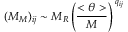
( { \cal M } _ { M } ) _ { i j } \sim M _ { R } \left( \frac { < \theta > } { M } \right) ^ { \: q _ { i j } }